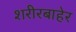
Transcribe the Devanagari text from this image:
शरीरबाहेर